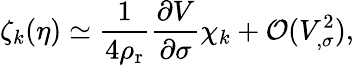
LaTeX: \zeta_{k}(\eta)\simeq\frac{1}{4\rho_{\mathrm{r}}}\frac{\partial V}{\partial\sigma}\chi_{k}+{\cal O}(V_{,\sigma}^{2}),